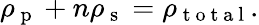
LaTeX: \rho_{\mathrm{~p~}}+n\rho_{\mathrm{~s~}}=\rho_{\mathrm{~t~o~t~a~l~}}.